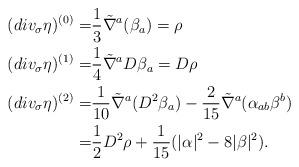
LaTeX: \begin{align*}(div_{\sigma} \eta)^{(0)}=&\frac{1}{3}\tilde{\nabla}^a(\beta_a)=\rho \\(div_{\sigma} \eta)^{(1)}=&\frac{1}{4} \tilde{\nabla}^a D \beta_a = D \rho \\(div_{\sigma} \eta)^{(2)}=&\frac{1}{10} \tilde{\nabla}^a (D^2 \beta_a ) -\frac{2}{15}\tilde{\nabla}^a ( \alpha_{ab} \beta^b)\\=&\frac{1}{2} D^2\rho+\frac{1}{15}( |\alpha|^2- 8 |\beta|^2).\end{align*}